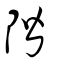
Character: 階